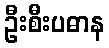
ဦးစီးပဓာန